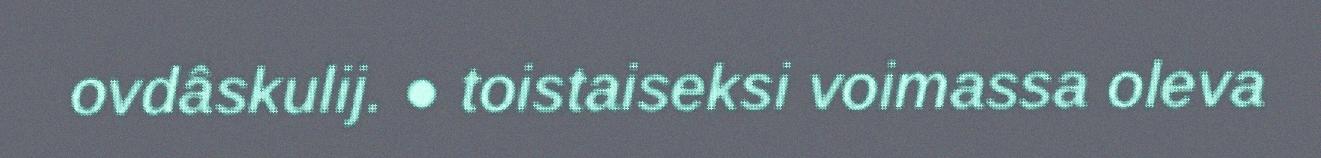
ovdâskulij. ● toistaiseksi voimassa oleva